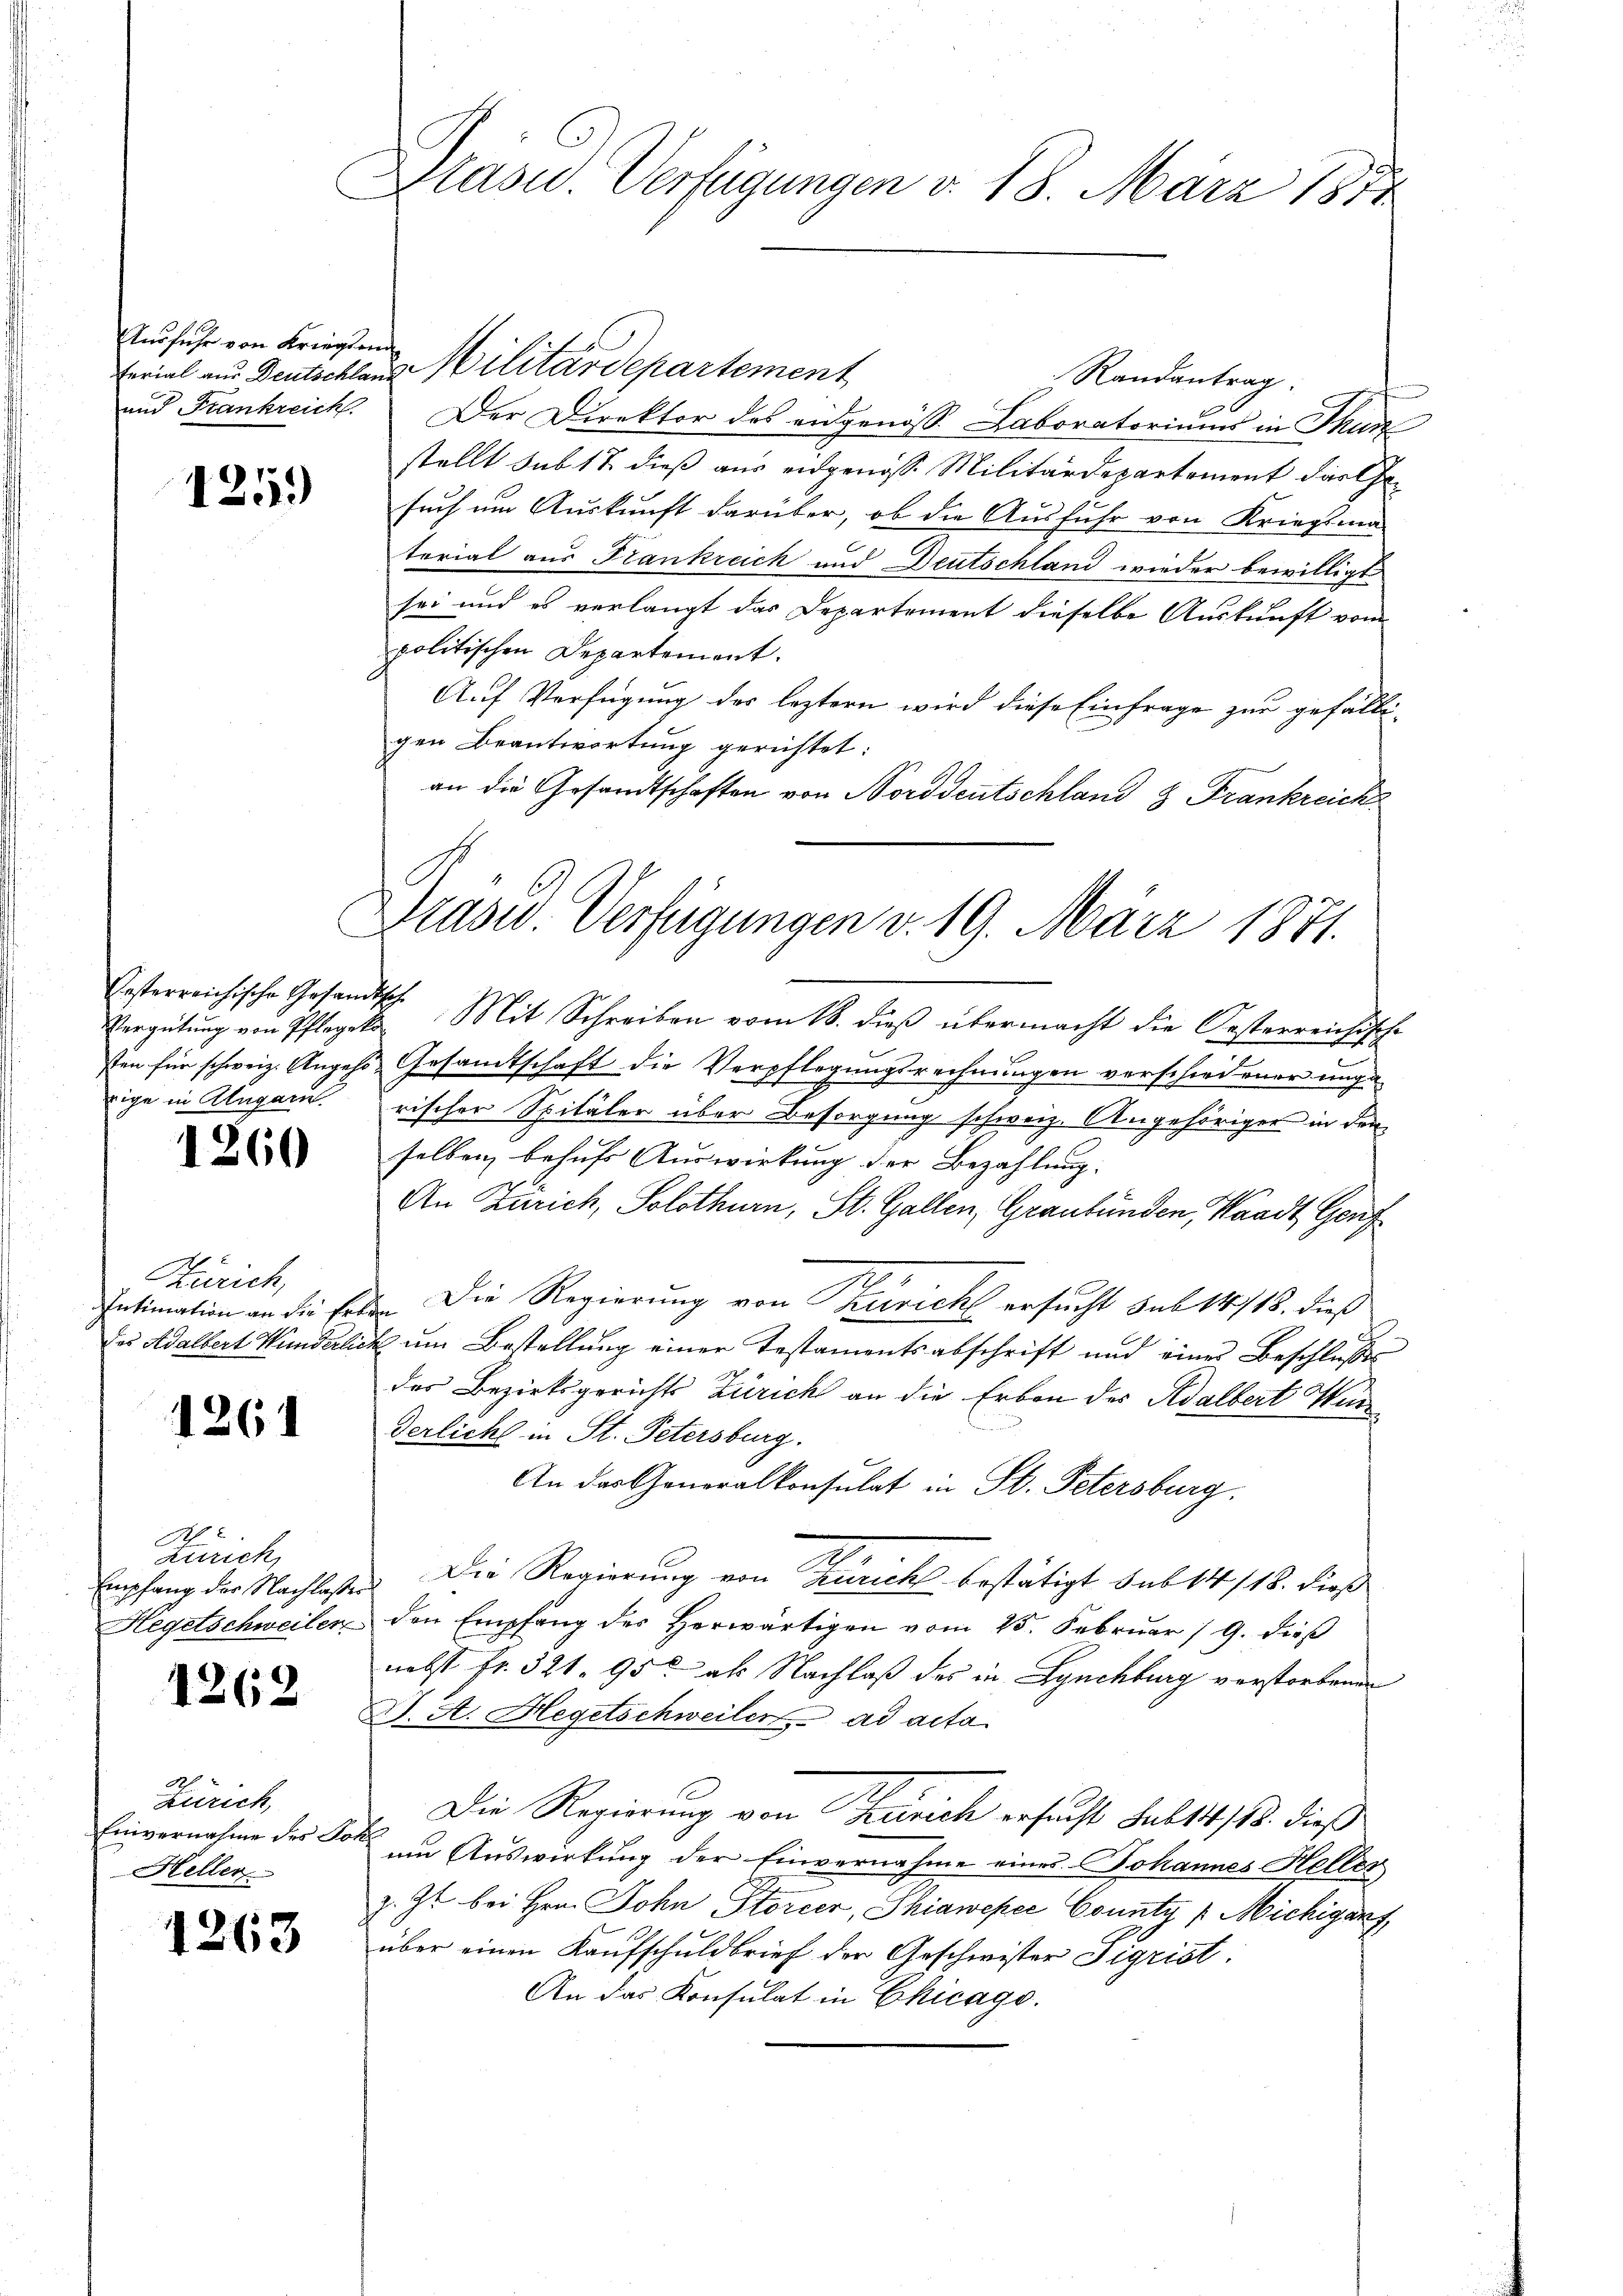
Ausfuhr von Kriegsend
und Frankreich.

1259

festerreichische Gesandtsche
rige in Alegarn.

1260

Zürich,
Intimation an die Erb
des Adalbert Wunderlic

1261

A
Zürich
Empfang der Nachlasse
Hegetschweiler

1262

s

Zürich,
Einvernahme des Joh.
Heller

1263

Blasid. Verfügungen v. 18. März 1872

Randantrag.
Der Direktor des eidgenöss. Laboratoriums in Thun
stellt sub 18 dieß aus eidgenosse Militärdepartement darthe
such um Auskunft darüber, ob die Ausfuhr von Kriegsma-
terial aus Frankreich und Deutschland wieder bewilligt
sei und es verlangt das Departement dieselbe Auskunft vom
politischen Departement.
Auf Verfügung des leztern wird diese Einfrage zur gefälligen Beantwortung gerichtet:
an die Gesandtschaften von Norddeutschland & Frankreich
Vergütŭng von Pflegek Mit Schreiben vom 18. dieß übermacht die Oesterreichische
sten für schweiz. Angehe Gesandtschaft die Verpflegungsrechnungen verschiedener unge
rischer Spitäler über Besorgung schweiz. Angehöriger in den
selben behufs Auswirkung der Bezahlung.
An Zürich, Solothurn, St. Gallen, Graubünden, Waadt, Genf
 Die Regierung von Turicht ersucht sub 14/18. dieß
E um Bestellung einer Testamentsabschrift und eines Beschlußes
des Bezirksgerichts Zürich an die Erben des Adalbert Wun
derliche in St. Petersburg.
An das Generalkonsulat in St. Petersburg.
Die Regierung von Zürich bestätigt sub 14/18. dieß
den Empfang des Herwärtigen vom 25. Februar 19. dieß
nebst fr. 321. 950 als Nachlaß des in Lynchburg verstorbenen
D. A. Hegetschweiler ad acta
Die Regierung von Zürich ersucht sub 14/18. dießum Auswirkung der Einvernahme eines Johannes Heller
z. Zt. bei Hrn. John Storcer, Shiaweper County " Michigant
über einen Kaŭfschuldbrief der Geschwister Sigrist.
An das Konsulat in Chicago.

Ferial aus Deutschlaus Militärdepartement

Präsid. Verfügungen v. 19. März 1871.